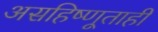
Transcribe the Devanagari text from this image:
असहिष्णूताही